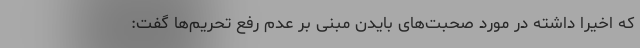
که اخیرا داشته در مورد صحبت‌های بایدن مبنی بر عدم رفع تحریم‌ها گفت: